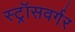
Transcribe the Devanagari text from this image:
स्ट्रॉसवर्गर